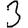
Digit: 3